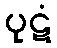
ပုဋံ